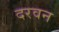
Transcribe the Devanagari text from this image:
दरवन